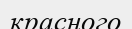
красного